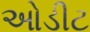
ઓડીટ